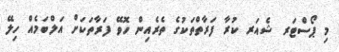
މި ޕޯސްޓަރ ޝެއަރ ކުރާ ފަރާތްތަކުގެ ތެރެއިން ހޮވޭ ފަރާތަކަށް އަލްބަމެއް ހިލޭ